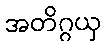
အတိဂ္ဂယှ